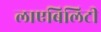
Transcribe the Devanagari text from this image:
लाएबिलिटी